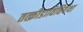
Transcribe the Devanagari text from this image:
तत्क्रीडाविधिर्यथा